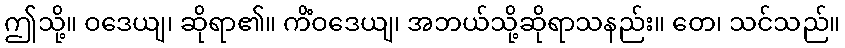
ဤသို့။ ဝဒေယျ၊ ဆိုရာ၏။ ကိံဝဒေယျ၊ အဘယ်သို့ဆိုရာသနည်း။ တေ၊ သင်သည်။